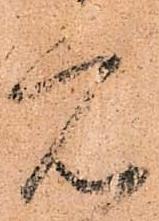
元